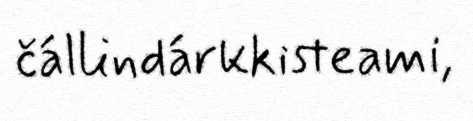
čállindárkkisteami,